Lunatic asylums Burma 1922-24 - 1922-1924
Year: 1922
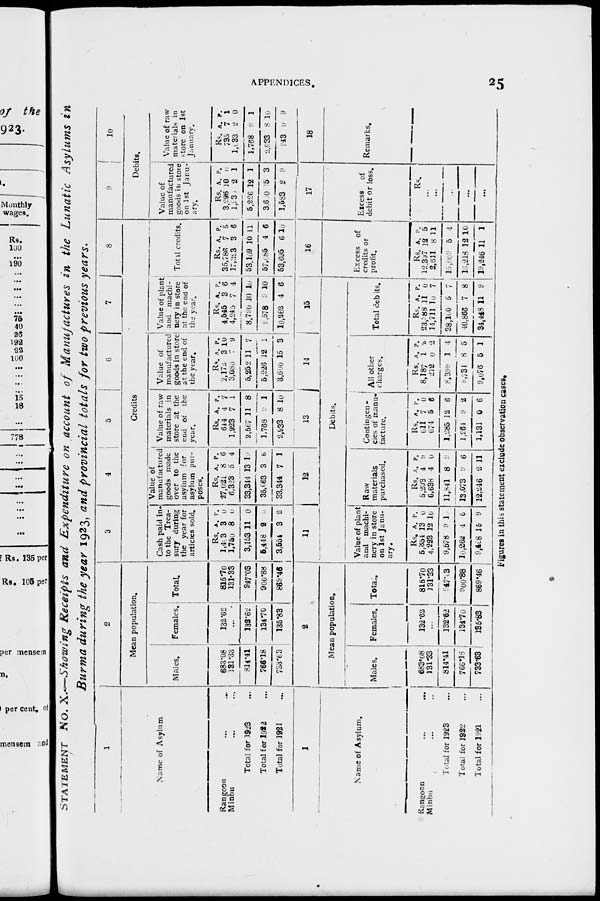
APPENDICES.
25
STATEMENT No. X.—Showing Receipts and Expenditure
on account of Manufactures in the Lunatic Asylums in
Burma during the year 1923, and provincial totals for two previous years.
1
Name of Asylum.
Rangoon
...
...
Minbu ... ...
Total for 1923 ...
Total for 1922 ...
Total for 1921 ...
2
Mean population.
Males.
683.08
131.33
814.41
766.18
733.63
Females.
132.62
...
132.62
134.70
135.83
Total.
815.70
131.33
947.03
900.88
869.46
3
4
5
6
7
8
Credits.
Cash paid in-
to the Trea-
sury during
the year for
articles sold.
Rs.
1,403
1,750
3,153
6,448
3,554
A.
3
8
11
2
3
P.
0
0
0
0
2
Value of
manufactured
goods made
over to the
asylum for
asylum pur-
poses.
Rs.
27,021
6,323
33,344
35,063
33,344
A.
8
5
13
3
7
P.
6
4
10
6
1
Value of raw
materials in
store at the
end of
the
year.
Rs.
644
1,923
2,567
1,768
2,933
A.
4
7
11
9
8
P.
7
1
8
1
10
Value of
manufactured
goods in store
at the end of
the year.
Rs.
2,172
3,080
5,252
5,226
3,600
A.
3
7
11
12
15
P.
10
9
7
1
3
Value of plant
and machi-
nery in store
at the end of
the year.
Rs.
4,545
4,245
8,790
9,578
10,262
A.
3
7
10
9
4
P.
6
4
10
10
6
Total credits.
Rs.
35,786
17,323
53,109
57,085
53,695
A.
7
3
10
4
6
P.
5
6
11
6
10
9
10
Debits.
Value of
manufactured
goods in store
on 1st Janu-
ary.
Rs.
3,296
1,930
5,226
3,600
1,583
A.
10
2
12
15
2
P.
0
1
1
3
9
Value of raw
materials in
store on 1st
January.
Rs.
735
1,033
1,768
2,933
943
A.
7
2
9
8
0
P.
1
0
1
10
9
1
Name of Asylum.
Rangoon
...
...
Minbu ... ...
Total for 1923 ...
Total for 1922 ...
Total for 1921 ...
2
Mean population.
Males.
683.08
131.33
814.41
766.18
733.63
Females.
132.62
...
132.62
134.70
135.83
Total.
815.70
131.33
947.03
900.88
869.46
11
12
13
14 1 5
Debits.
Value of plant
and machi-
nery in store
on 1st Janu-
ary.
Rs.
5,354
4,223
9,578
10,262
9,468
A.
13
12
9
4
15
P.
0
10
10
6
9
Raw
materials
purchased.
Rs.
5,203
6,638
11,841
13,073
12,246
A.
4
4
8
9
2
P.
9
0
9
6
11
Contingen-
cies of manu-
facture.
Rs.
611
674
1,285
1,264
1,131
A.
7
5
12
9
0
P.
0
6
6
2
6
All other
charges.
Rs.
8,187
212
8,399
9,731
9,076
A.
1
0
1
8
5
P.
2
2
4
5
1
Total debits.
Rs.
23,388
14,711
38,100
40,866
34,448
A.
11
10
5
7
11
P.
0
7
7
8
9
16
Excess of
credits or
profit.
Rs.
12,397
2,611
15,009
16,218
19,246
A.
12
8
5
12
11
P.
5
11
4
10
1
17
Excess
of
debit or loss.
Rs.
...
...
...
...
...
18
Remarks.
Figures in this statement exclude observation cases.